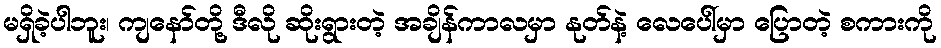
မရှိခဲ့ပါဘူး၊ ကျနော်တို့ ဒီလို ဆိုးရွားတဲ့ အချိန်ကာလမှာ နုတ်နဲ့ လေပေါ်မှာ ပြောတဲ့ စကားကို